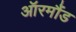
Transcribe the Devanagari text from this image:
ऑरमौंड